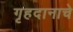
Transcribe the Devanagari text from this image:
गृहदानाचे